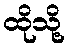
ထိုသို့